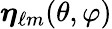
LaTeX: \boldsymbol{\eta}_{\ell m}(\theta,\varphi)